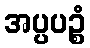
အပ္ပပဉ္စံ